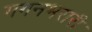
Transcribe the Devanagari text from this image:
गगनभरारी